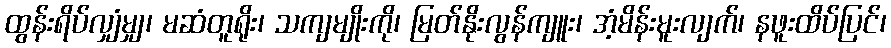
ထွန်းရိပ်လျှံမျှ၊ မဆံတူရိုး၊ သကျမျိုးကို၊ မြတ်နိုးလွန်ကျူး၊ အံ့မိန်းမူးလျက်၊ နဖူးထိပ်ပြင်၊